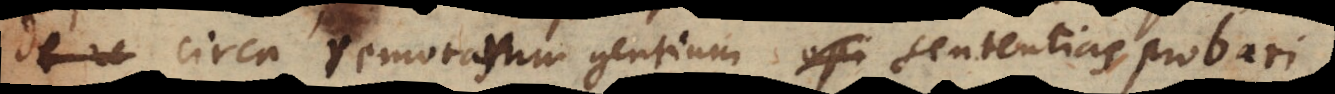
circa remotarum gentium sententias probari